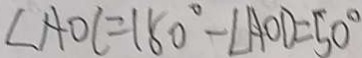
\angle A O C = 1 8 0 ^ { \circ } - \angle A O D = 5 0 ^ { \circ }